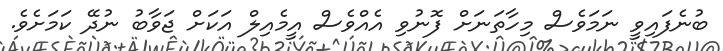
ބުނެފައިވީ ނަމަވެސް މިހާތަނަށް ފޮނުވި އެއްވެސް އީމެއިލް އަކަށް ޖަވާބު ނުދޭ ކަމަށެވެ.